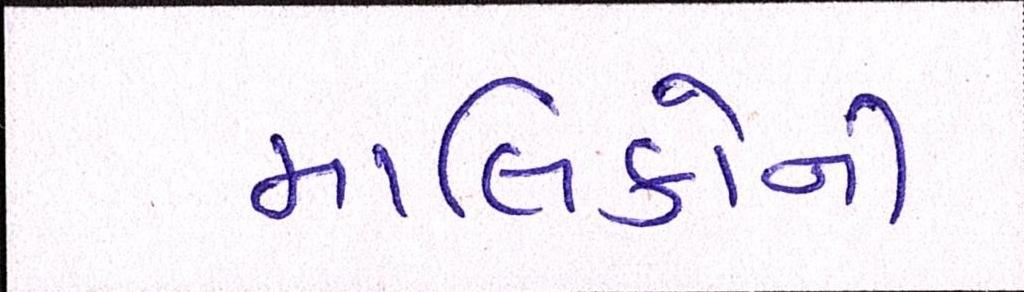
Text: માલિકોની